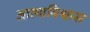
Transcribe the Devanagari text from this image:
आत्माविश्वास